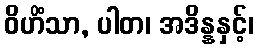
ဝိဟိံသာ, ပါတ၊ အဒိန္နနှင့်၊